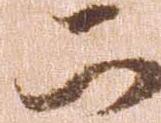
二